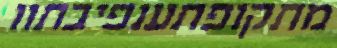
מתקופתענפיבתוו